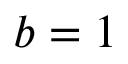
b = 1